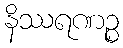
နိဿရဏဉ္စ